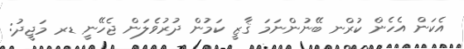
އެކަން އެހެން ކުަރްނ ބޭނުންނަމަ ޤާޒީ ކަމުން ދުރުވެލަން ޖެހޭނީ ޑރ މަޖީދު: